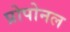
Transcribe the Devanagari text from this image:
प्रोपोनल